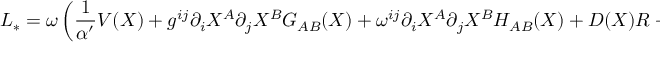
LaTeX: { \cal L } _ { \ast } = \omega \left( \frac 1 { \alpha ^ { \prime } } V ( X ) + g ^ { i j } \partial _ { i } X ^ { A } \partial _ { j } X ^ { B } G _ { A B } ( X ) + \omega ^ { i j } \partial _ { i } X ^ { A } \partial _ { j } X ^ { B } H _ { A B } ( X ) + D ( X ) R + O ( \alpha ^ { \prime } ) \right) .